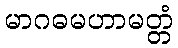
မာဂဓမဟာမတ္တံ